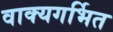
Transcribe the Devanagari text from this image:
वाक्यगर्भित